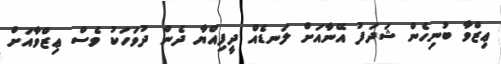
ޢިޒްވާ ބުނިހެން ޝަދަފު އޭނާއަށް ލަނޑެއް ދީފިއްޔާ ދެން ދުވަހަކު ވެސް ޢިޒްވާއަށް